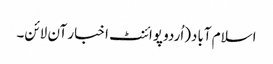
اسلام آباد(اُردو پوائنٹ اخبار آن لائن۔